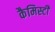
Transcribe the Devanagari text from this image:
कैमिस्टी